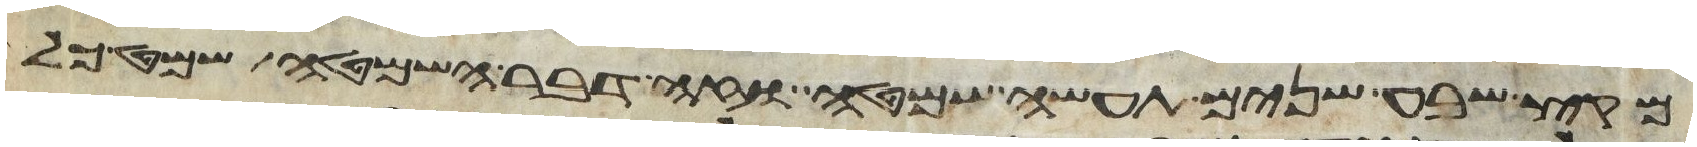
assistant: מקץ שבע שנים תעשה שמטה וזה דבר השמטה שמט כל